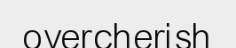
overcherish